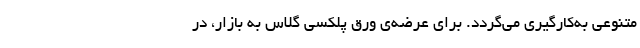
متنوعی به‌کارگیری می‌گردد. برای عرضه‌ی ورق پلکسی گلاس به بازار، در